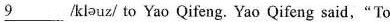
\underline{9 } /kləuz/ to Yao Qifeng. Yao Qifeng said,"To